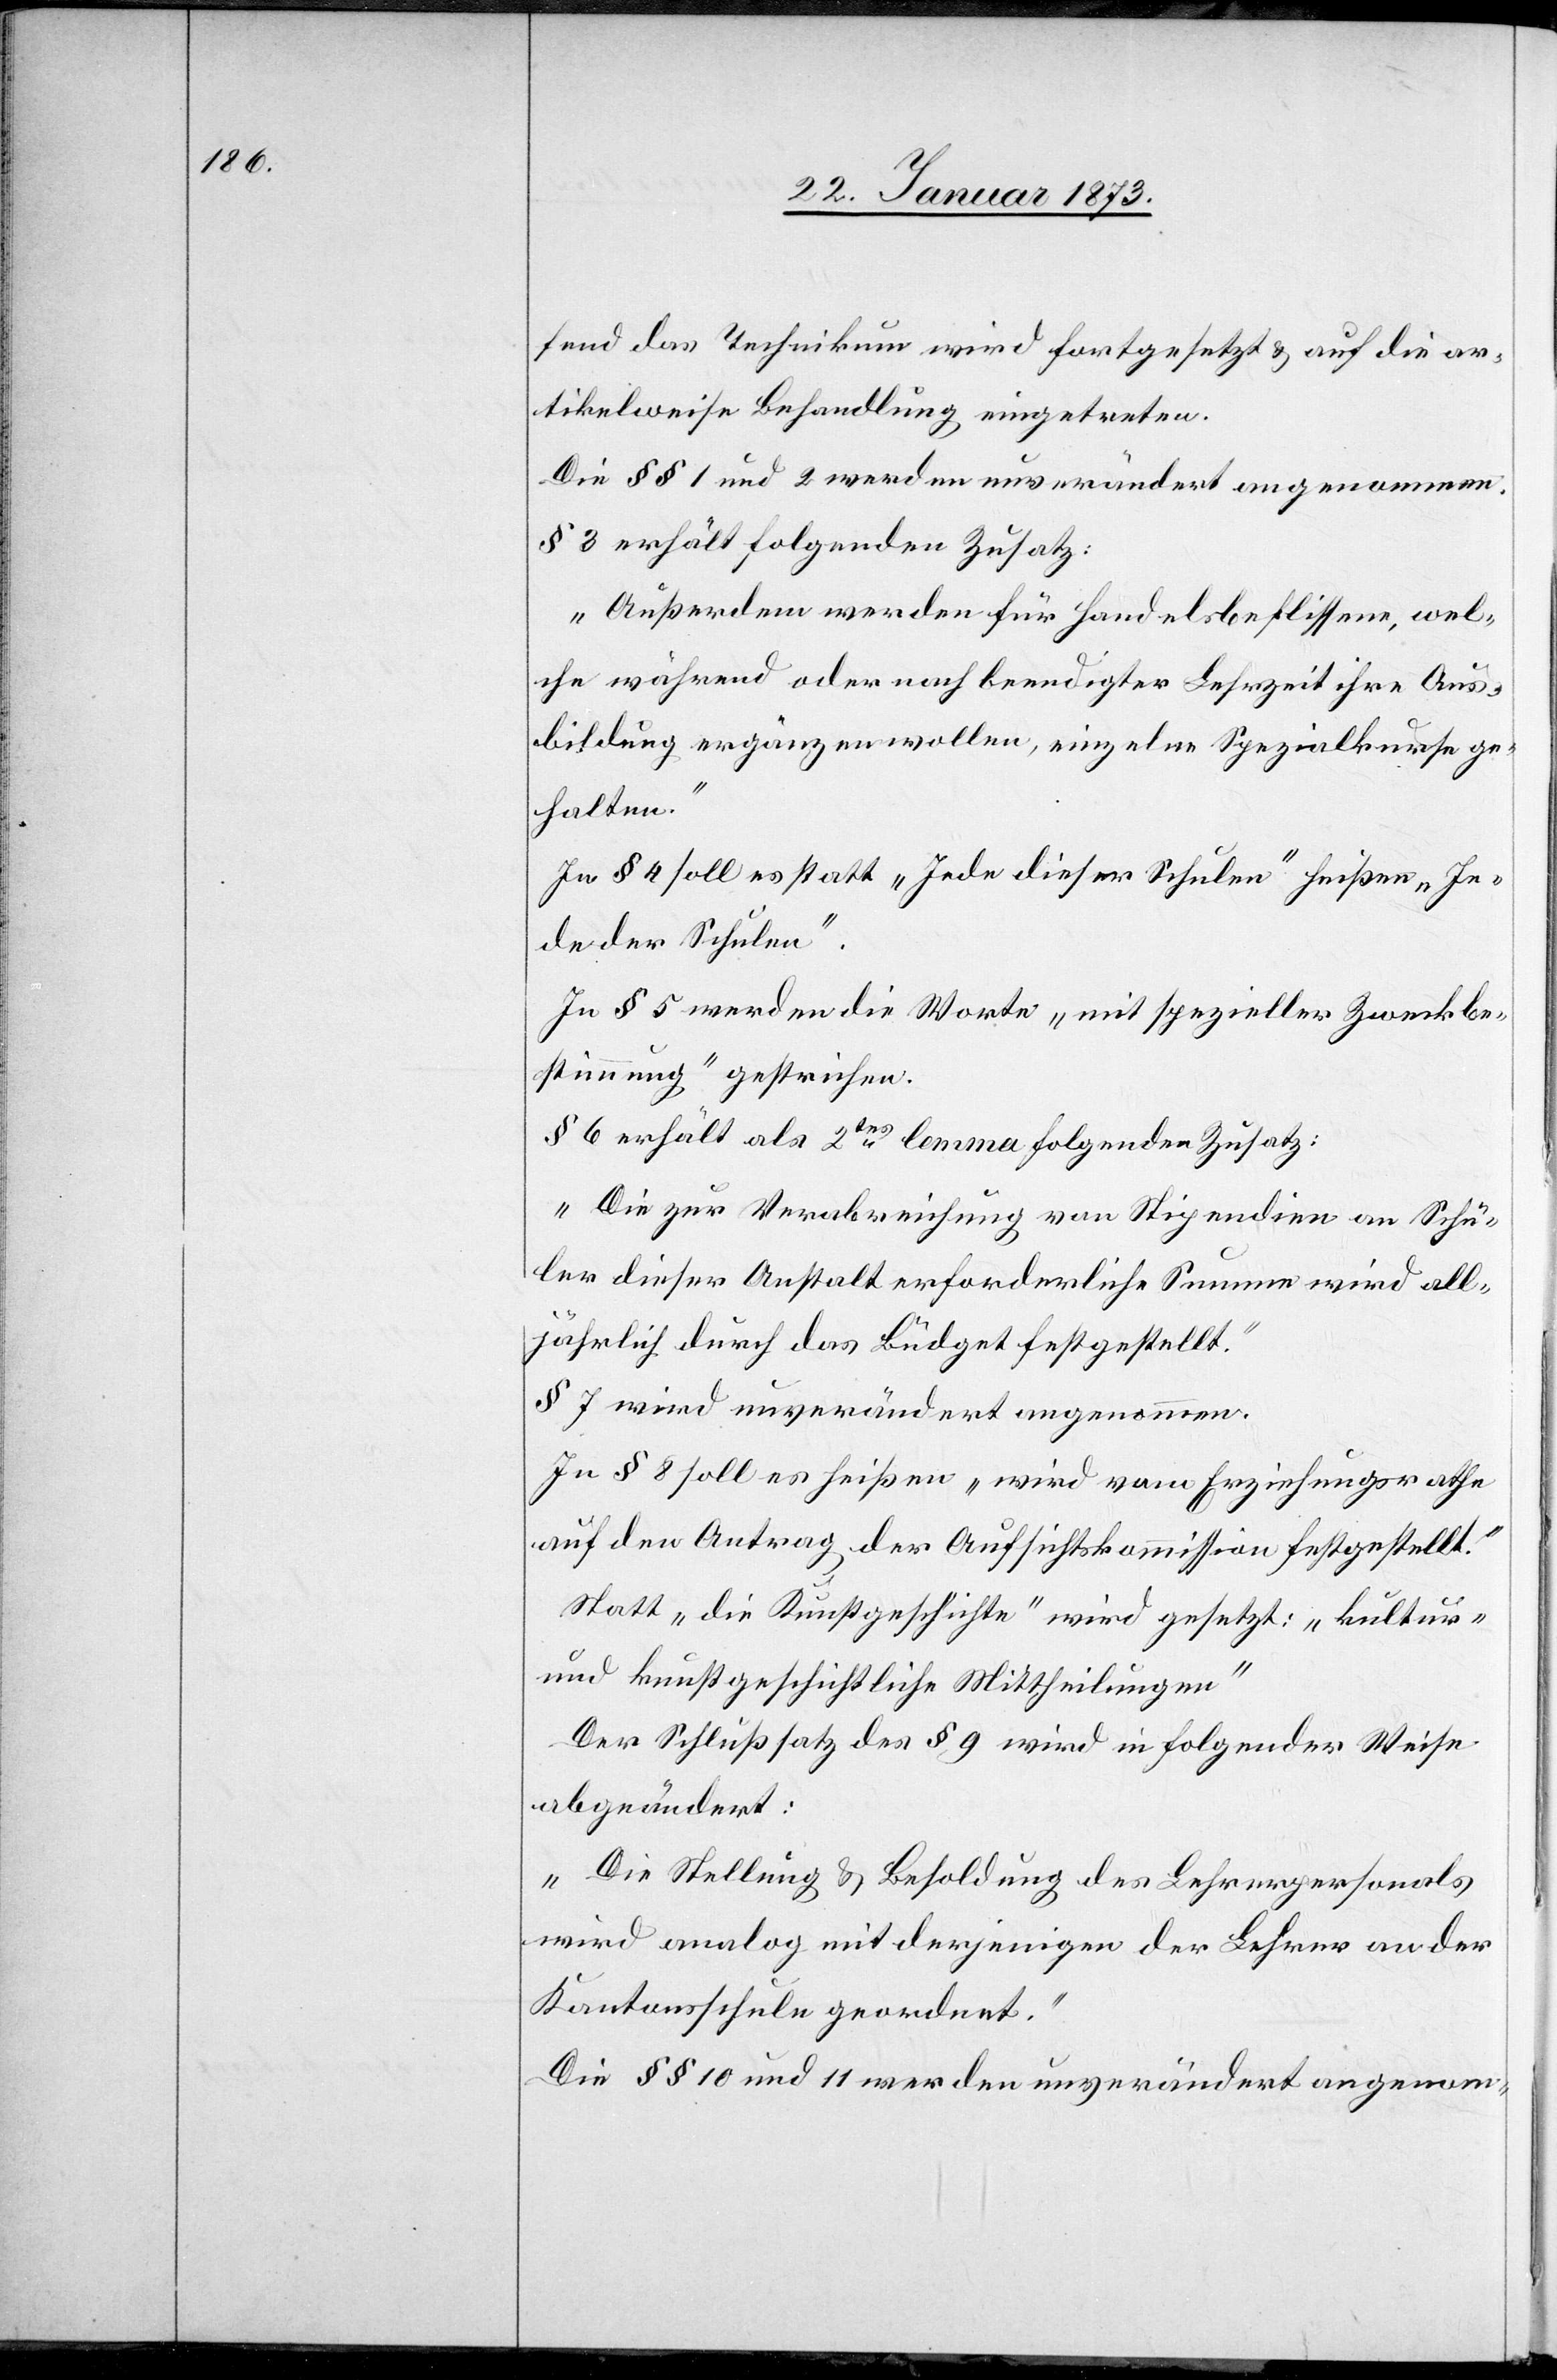
fend das Technikum wird fortgesetzt u. auf die ar¬
tikelwiese Behandlung eingetreten.
Die § § 1 und 2 werden unverändert angenommen.
§ 3 erhält folgenden Zusatz:
„Außerdem werden für Handelsbeflissene, wel¬
che während oder nach beendigter Lehrzeit ihre Aus¬
bildung ergänzen wollen, einzelne Spezialkurse ge¬
halten.“
In § 4 soll es statt „Jede dieser Schulen“ heißen „Je¬
de der Schulen“.
In § 5 werden die Worte „mit spezieller Zweckbe¬
stimmung“ gestrichen.
§ 6 erhält als 2tes Lemma folgenden Zusatz:
„Die zur Verabreichung von Stipendien an Schü¬
ler dieser Anstalt erforderliche Summe wird all¬
jährlich durch das Budget festgestellt.“
§ 7 wird unverändert angenommen.
In § 8 soll es heißen „wird vom Erziehungsrathe
auf den Antrag der Aufsichtskommission festgestellt.“
Statt „die Kunstgeschuhlte“ wird gesetzt: „kultur-
und kunstgeschichtliche Mittheilungen“
Der Schlußsatz des § 9 wird in folgender Weise
abgeändert:
„Die Stellung u. Besoldung des Lehrerpersonals
wird analog mit derjenigen der Lehrer an der
Kantonsschule geordnet.“
Die § § 10 und 11 werden unverändert angenom-